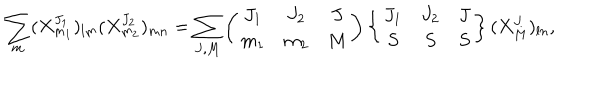
\sum _ { m } ( X _ { m _ { 1 } } ^ { J _ { 1 } } ) _ { l m } ( X _ { m _ { 2 } } ^ { J _ { 2 } } ) _ { m n } = \sum _ { J , M } \left( \begin{array} { c c c } { { J _ { 1 } } } & { { J _ { 2 } } } & { { J } } \\ { { m _ { 1 } } } & { { m _ { 2 } } } & { { M } } \\ \end{array} \right) \left\{ \begin{array} { c c c } { { J _ { 1 } } } & { { J _ { 2 } } } & { { J } } \\ { { S } } & { { S } } & { { S } } \\ \end{array} \right\} ( X _ { M } ^ { J } ) _ { l n } ,